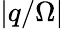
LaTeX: |q/\Omega|